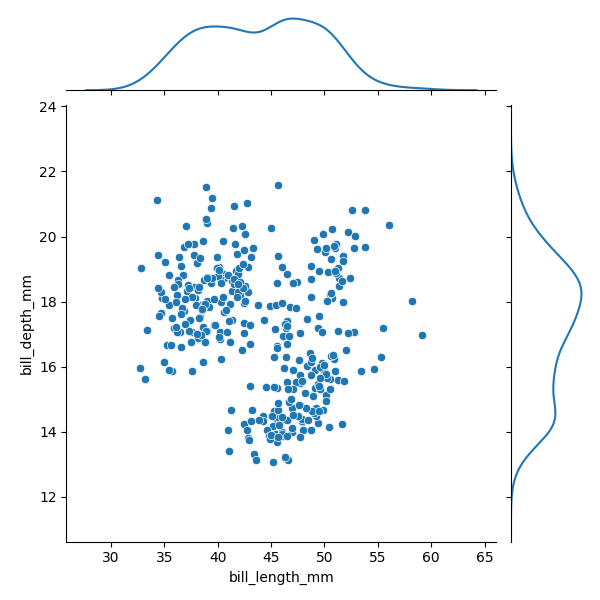
python, seaborn, JointGrid, scatterplot, kdeplot